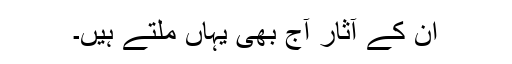
ان کے آثار آج بھی یہاں ملتے ہیں۔